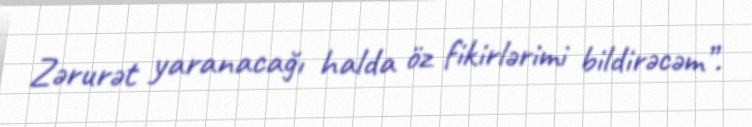
Zərurət yaranacağı halda öz fikirlərimi bildirəcəm”.